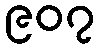
၉၀၇